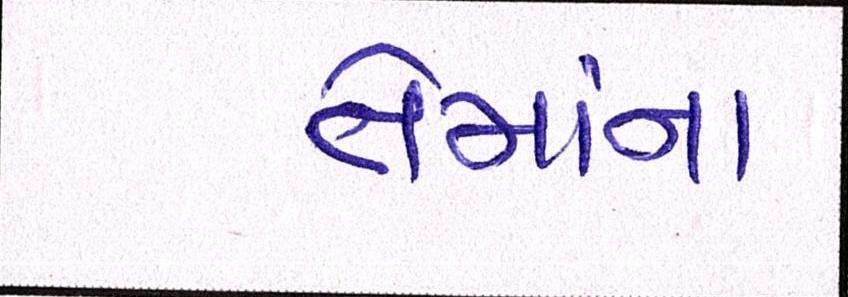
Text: તેમાંના